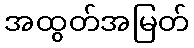
အထွတ်အမြတ်